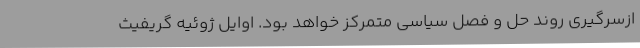
ازسرگیری روند حل و فصل سیاسی متمرکز خواهد بود. اوایل ژوئیه گریفیث